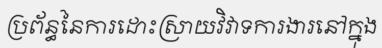
ប្រព័ន្ធនៃការដោះស្រាយវិវាទការងារនៅក្នុង